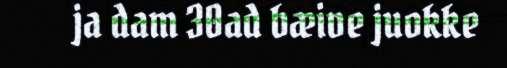
ja dam 30ad bæive juokke